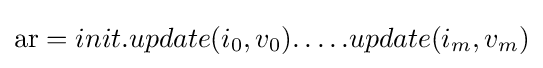
\mathrm {ar} =init.update(i_{0},v_{0}).\dots .update(i_{m},v_{m})